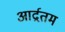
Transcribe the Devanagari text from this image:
आर्द्रतम